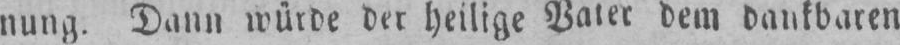
nung. Dann würde der heilige Vater dem dankbaren